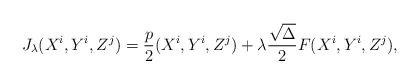
LaTeX: \begin{align*}J_{\lambda}(X^{i},Y^{i},Z^{j})=\frac{p}{2}(X^{i},Y^{i},Z^{j}) + \lambda \frac{\sqrt{\Delta}}{2}F(X^{i},Y^{i},Z^{j}),\end{align*}